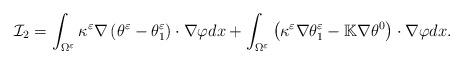
LaTeX: \begin{align*}\mathcal{I}_{2} =\int_{\Omega^{\varepsilon}}\kappa^{\varepsilon}\nabla\left(\theta^{\varepsilon}-\theta_{1}^{\varepsilon}\right)\cdot\nabla\varphi dx +\int_{\Omega^{\varepsilon}}\left(\kappa^{\varepsilon}\nabla\theta_{1}^{\varepsilon}-\mathbb{K}\nabla\theta^{0}\right)\cdot\nabla\varphi dx.\end{align*}